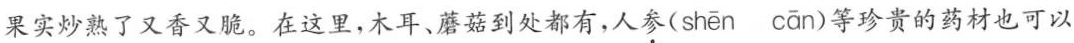
果实炒熟了又香又脆。在这里，木耳、蘑菇到处都有，人参( shēn cān )等珍贵的药材也可以